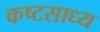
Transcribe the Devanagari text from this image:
कष्‍टसाध्‍य